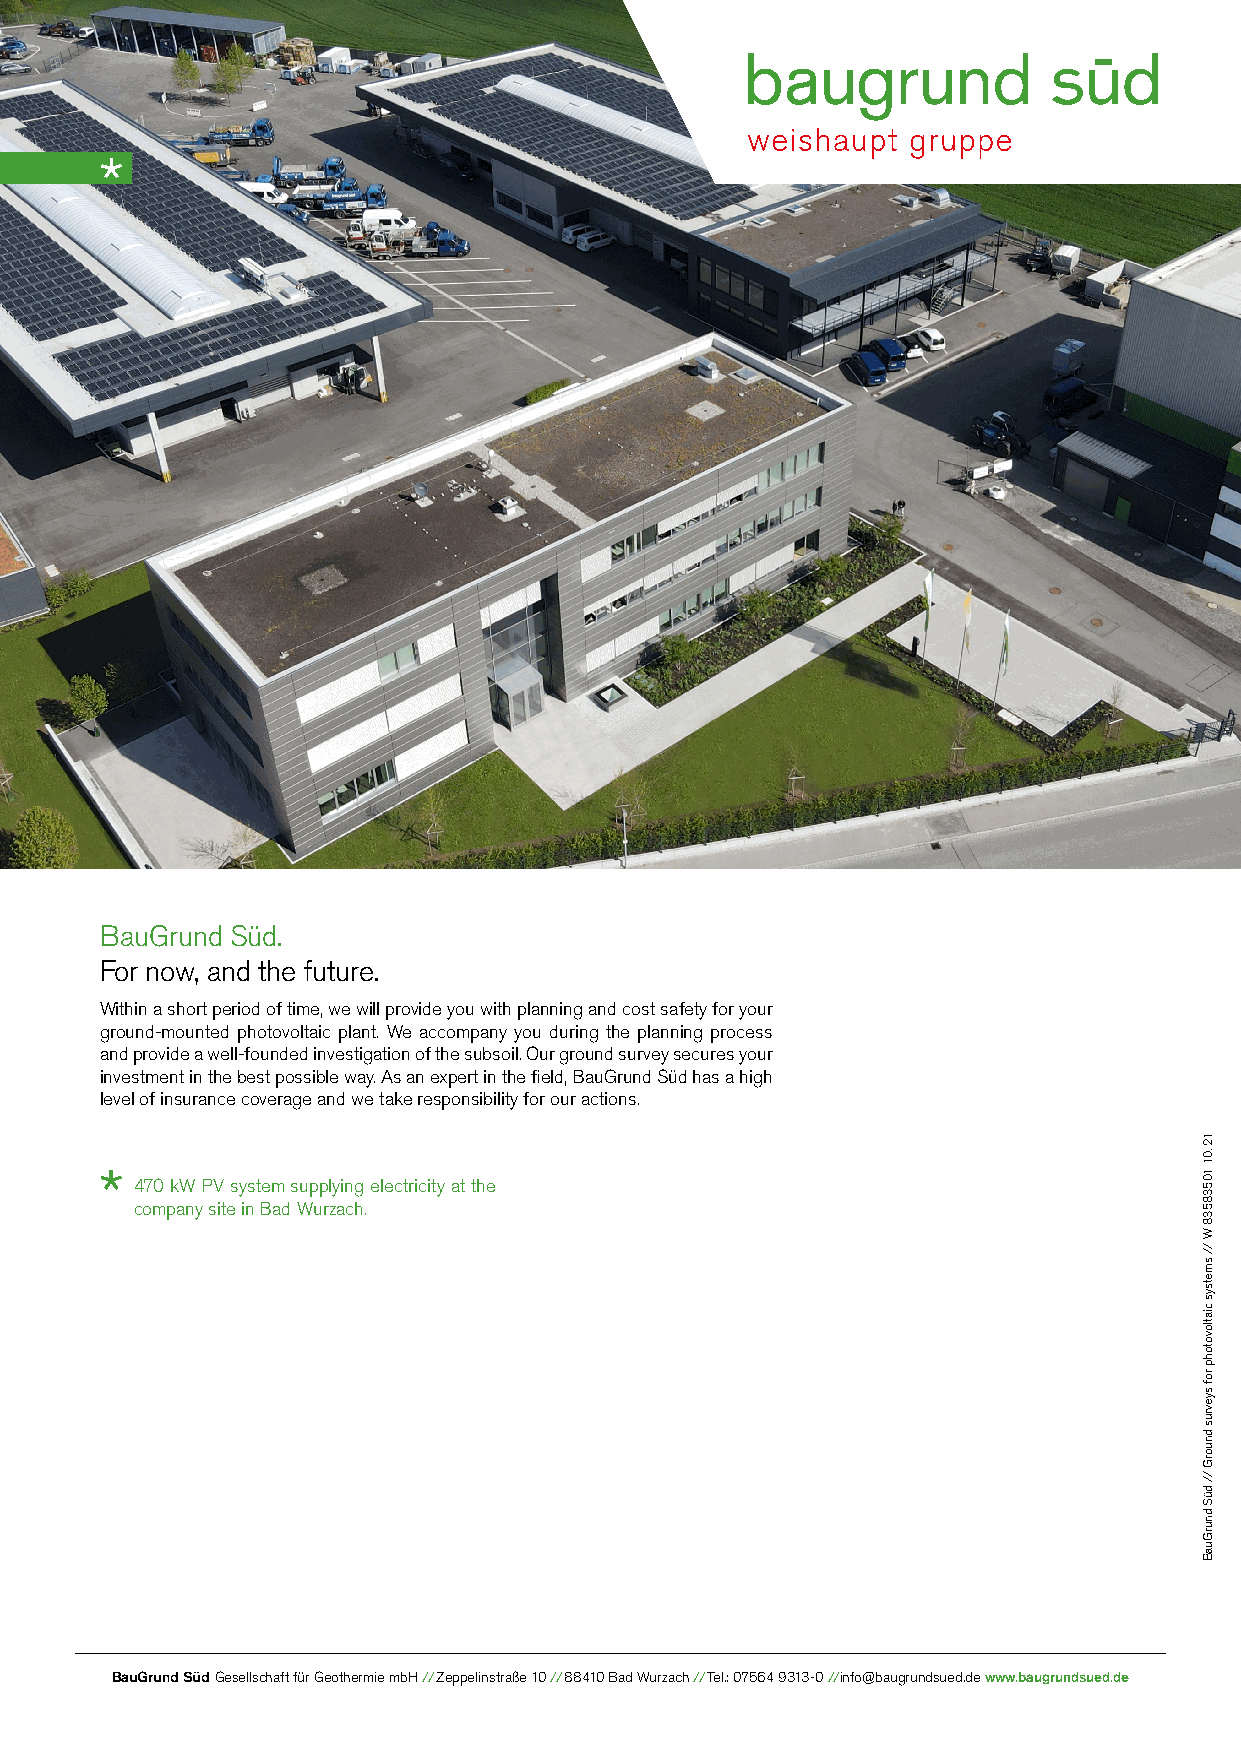
BauGrund Süd.
 For now, and the future.
 Within a short period of time, we will provide you with planning and cost safety for your
 ground-mounted photovoltaic plant. We accompany you during the planning process
 and provide a well-founded investigation of the subsoil. Our ground survey secures your
 investment in the best possible way. As an expert in the field, BauGrund Süd has a high
 level of insurance coverage and we take responsibility for our actions.
 470 kW PV system supplying electricity at the
 company site in Bad Wurzach.
 BauGrund Süd Gesellschaft für Geothermie mbH // Zeppelinstraße 10 // 88410 Bad Wurzach // Tel.: 07564 9313-0 //info@baugrundsued.de www.baugrundsued.de
 12.01
 10538538
 W
 //
 smetsys
 ciatlovotohp
 rof
 syevrus
 dnuorG
 //
 düS
 dnurGuaB